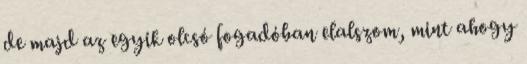
de majd az egyik olcsó fogadóban elalszom, mint ahogy